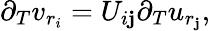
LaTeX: \partial_{T}v_{r_{i}}=U_{i\mathbf{j}}\partial_{T}u_{r_{\mathbf{j}}},